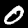
Digit: 0